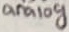
Text: analog